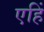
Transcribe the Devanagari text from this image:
एहिं